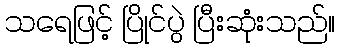
သရေဖြင့် ပြိုင်ပွဲ ပြီးဆုံးသည်။